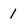
Character: 1